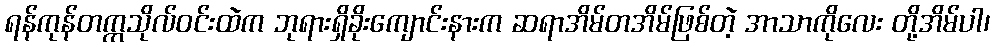
ရန်ကုန်တက္ကသိုလ်ဝင်းထဲက ဘုရားရှိခိုးကျောင်းနားက ဆရာအိမ်တအိမ်ဖြစ်တဲ့ အာသာကိုလေး တို့အိမ်ပါ၊